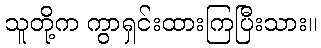
သူတို့က ကွာရှင်းထားကြပြီးသား။